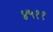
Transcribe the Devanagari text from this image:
४५११